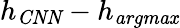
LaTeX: h_{\mathit{CNN}}-h_{\mathit{argmax}}